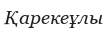
Қарекеұлы